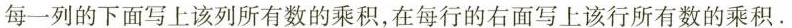
每一列的下面写上该列所有数的乘积，在每行的右面写上该行所有数的乘积。